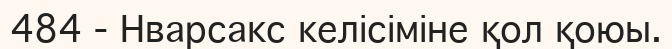
484 - Нварсакс келісіміне қол қоюы.